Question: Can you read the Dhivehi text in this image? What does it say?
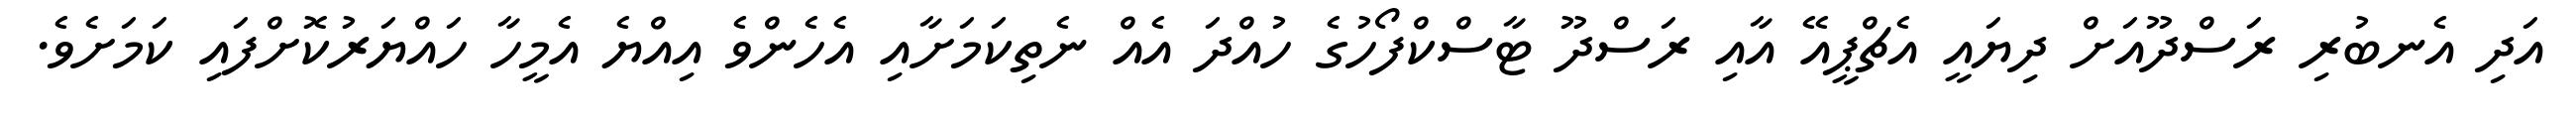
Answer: އަދި އެނބުރި ރަސްދޫއަށް ދިޔައީ އެޗްޕީއޭ އާއި ރަސްދޫ ޓާސްކްފޯހުގެ ހުއްދަ އެއް ނެތިކަމަށާއި އެހެންވެ އިއްޔެ އެމީހާ ހައްޔަރުކޮށްފައި ކަމަށެވެ.